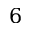
6